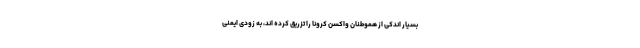
بسیار اندکی از هموطنان واکسن کرونا را تزریق کرده اند، به زودی ایمنی